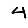
Digit: 4